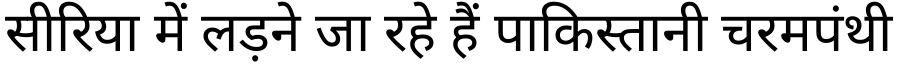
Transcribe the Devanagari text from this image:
सीरिया में लड़ने जा रहे हैं पाकिस्तानी चरमपंथी